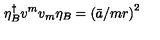
\eta _ { B } ^ { \dagger } v ^ { m } v _ { m } \eta _ { B } = \left( \bar { a } / m r \right) ^ { 2 }